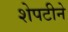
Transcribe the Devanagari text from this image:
शेपटीने